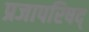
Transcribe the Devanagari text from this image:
प्रजापरिषद्